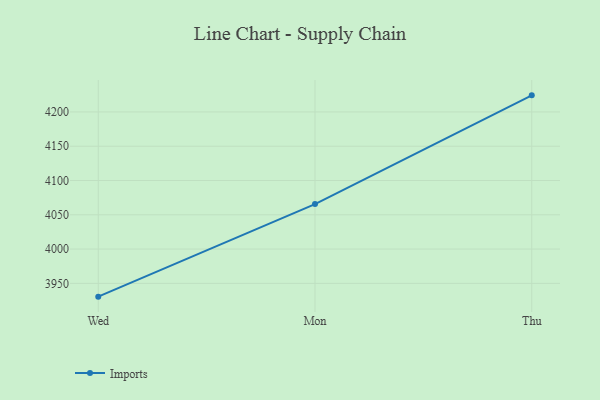
{"axis": {"x": "Day", "y": "Population (Million)"}, "legend": ["Imports"], "data": [{"x": "Wed", "y": 3930.6, "type": "Imports"}, {"x": "Mon", "y": 4065.6, "type": "Imports"}, {"x": "Thu", "y": 4224.2, "type": "Imports"}]}